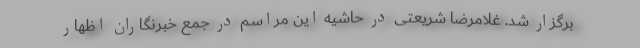
برگزار شد. غلامرضا شریعتی در حاشیه این مراسم در جمع خبرنگاران اظهار